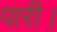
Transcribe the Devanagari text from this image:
पारी।